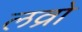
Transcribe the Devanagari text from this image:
लव्रो